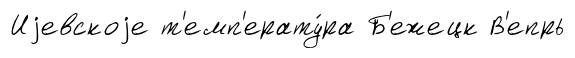
Иjевскоjе т'емп'ерату́ра Б'ежецк В'епрь